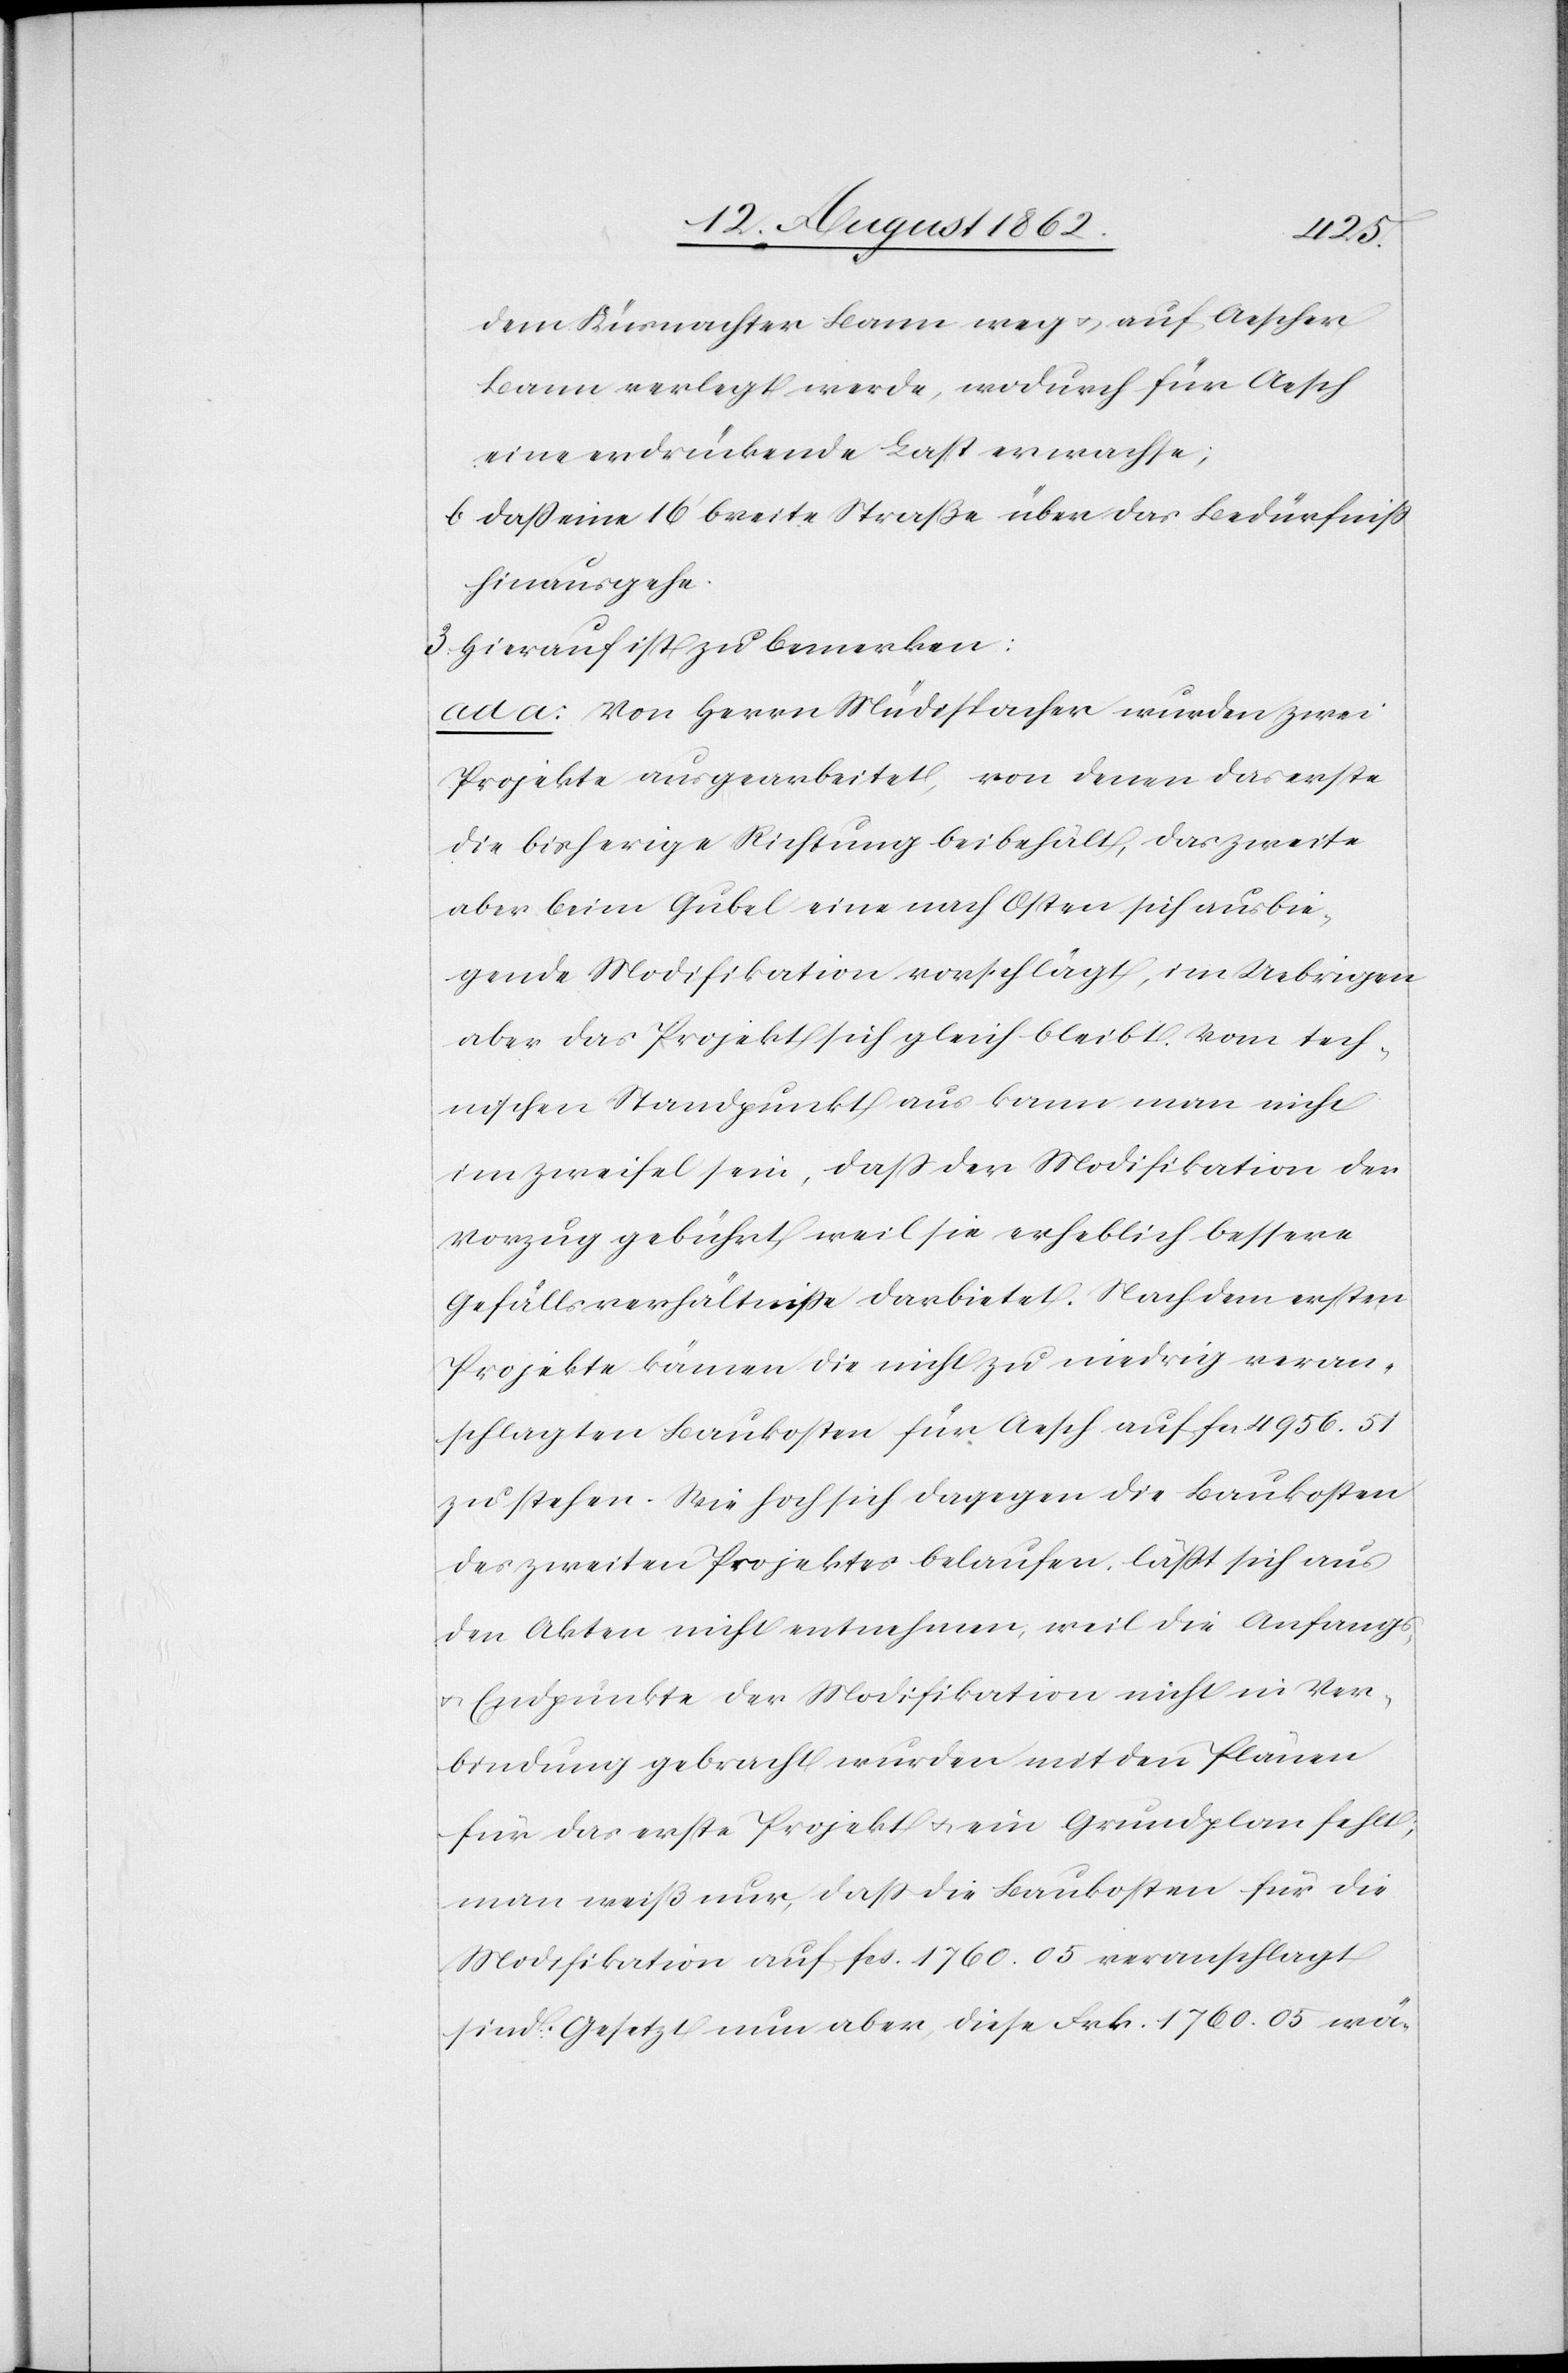
dem Küsnachter Bann weg u. auf Aescher
Bann verlegt werde, wodurch für Aesch
eine erdrückende Last erwachse;
b. daß eine 16’ breite Straße über das Bedürfniß
hinausgehe.
3. Hierauf ist zu bemerken:
ad a: Von Herrn Müdispacher wurden zwei
Projekte ausgearbeitet, von denen das erste
die bisherige Richtung beibehält, das zweite
aber beim Gubel eine nach Osten sich ausbie¬
gende Modifikation verschlägt, im Uebrigen
aber das Projekt sich gleich bleibt. Vom tech¬
nischen Standpunkt aus kann man nicht
im Zweifel sein, daß der Modifikation der
Vorzug gebührt, weil sie erheblich bessere
Gefällsverhältnisse darbietet. Nach dem erstem
Projekte kämen die nicht zu niedrig veran¬
schlagten Baukosten für Aesch auf fcs. 4956. 51
zu stehen. Wie hoch sich dagegen die Baukosten
des zweiten Projektes belaufen, läßt sich aus
den Akten nicht entnehmen, weil die Anfangs-
u. Endpunkte der Modifikation nicht in Ver¬
bindung gebracht wurden mit den Plänen
für das erste Projekt u. ein Grundplan fehlt;
man weiß nur, daß die Baukosten für die
Modifikation auf fcs. 1760. 05 veranschlagt
sind. Gesetzt nun aber, diese Frk. 1760. 05 wä-